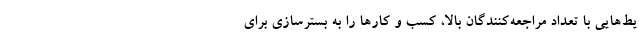
یط‌هایی با تعداد مراجعه‌کنندگان بالا، کسب و کارها را به بسترسازی برای